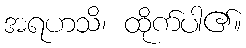
အရဟသိ၊ ထိုက်ပါ၏။